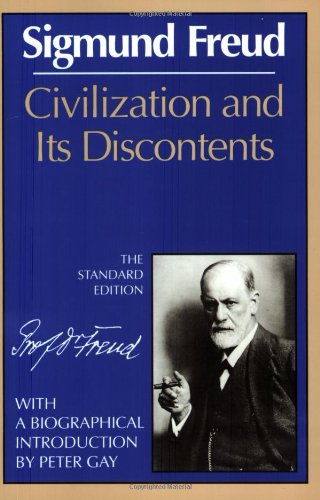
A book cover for Civilization and Its Discontents (The Standard Edition)  (Complete Psychological Works of Sigmund Freud); Sigmund Freud; Science & Math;